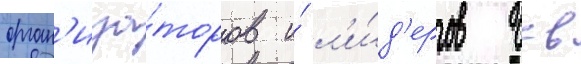
орган'иза́торов и́ л'и́д'еров бсв